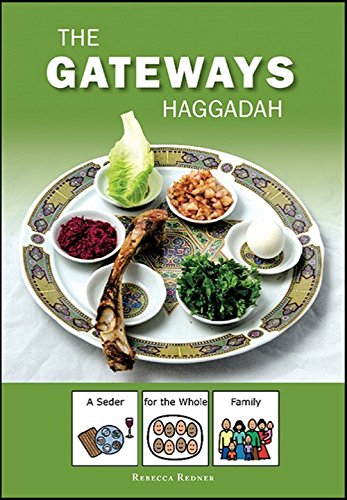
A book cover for Gateways Haggadah; A Seder for the Whole Family; Rebecca Redner; Religion & Spirituality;